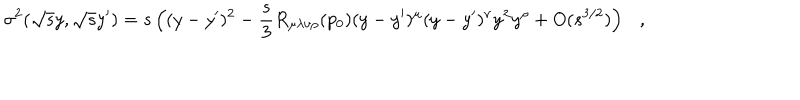
\sigma ^ { 2 } ( \sqrt { s } y , \sqrt { s } y ^ { \prime } ) = s \left( ( y - y ^ { \prime } ) ^ { 2 } - \frac s 3 R _ { \mu \lambda \nu \rho } ( p _ { 0 } ) ( y - y ^ { \prime } ) ^ { \mu } ( y - y ^ { \prime } ) ^ { \nu } y ^ { \lambda } y ^ { \rho } + O ( s ^ { 3 / 2 } ) \right) ,